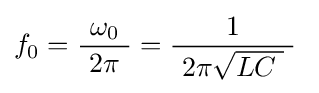
f_{0}={\frac {\omega _{0}}{\ 2\pi \ }}={\frac {1}{\ 2\pi {\sqrt {LC\;}}\ }}\